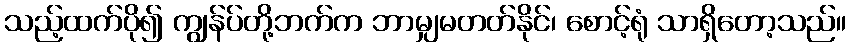
သည့်ထက်ပို၍ ကျွန်ပ်တို့ဘက်က ဘာမျှမတတ်နိုင်၊ စောင့်ရုံ သာရှိတော့သည်။